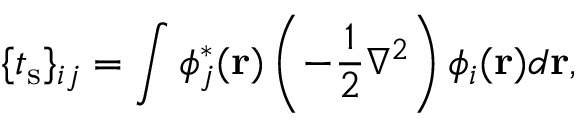
{ \displaystyle \{ t _ { \mathrm { s } } \} _ { i j } = \int \phi _ { j } ^ { * } ( { \bf r } ) \left( - \frac { 1 } { 2 } \nabla ^ { 2 } \right) \phi _ { i } ( { \bf r } ) d { \bf r } } ,